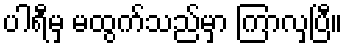
ပါရီမှ မထွက်သည်မှာ ကြာလှပြီ။